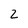
Character: 2